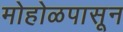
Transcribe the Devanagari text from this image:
मोहोळपासून